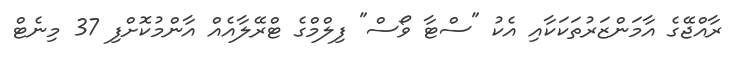
ރާއްޖޭގެ އާމަންޒަރުތަކަކާއި އެކު "ސްޓާ ވޯސް" ފިލްމްގެ ޓްރޭލާއެއް އާންމުކޮށްފި 37 މިނެޓް